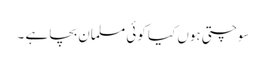
سوچتی ہوں کیا کوئی مسلمان بچا ہے ۔